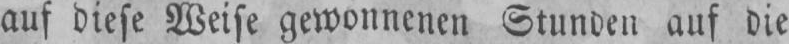
auf diese Weise gewonnenen Stunden auf die